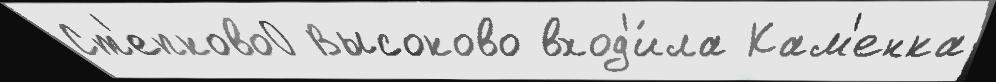
Ст'епково0 Высоково вход'и́ла Кам'енка